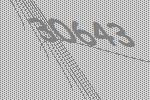
30643